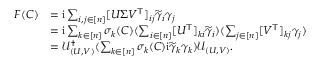
\begin{array} { r l } { F ( C ) } & { = \mathrm { i } \sum _ { i , j \in [ n ] } [ U \Sigma V ^ { \mathsf { T } } ] _ { i j } \widetilde { \gamma } _ { i } \gamma _ { j } } \\ & { = \mathrm { i } \sum _ { k \in [ n ] } \sigma _ { k } ( C ) \l ( \sum _ { i \in [ n ] } [ U ^ { \mathsf { T } } ] _ { k i } \widetilde { \gamma } _ { i } \r ) \l ( \sum _ { j \in [ n ] } [ V ^ { \mathsf { T } } ] _ { k j } \gamma _ { j } \r ) } \\ & { = { \mathcal { U } } _ { ( U , V ) } ^ { \dagger } \l ( \sum _ { k \in [ n ] } \sigma _ { k } ( C ) \mathrm { i } \widetilde { \gamma } _ { k } \gamma _ { k } \r ) { \mathcal { U } } _ { ( U , V ) } . } \end{array}